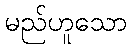
မည်ဟူသော